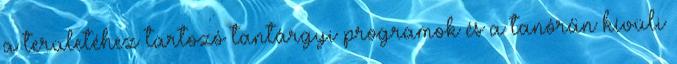
a területéhez tartozó tantárgyi programok és a tanórán kívüli